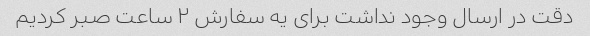
دقت در ارسال وجود نداشت برای یه سفارش ۲ ساعت صبر کردیم